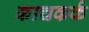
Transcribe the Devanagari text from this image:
काचकर्क